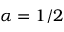
\alpha = 1 / 2